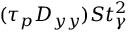
( \tau _ { p } D _ { y y } ) S t _ { \gamma } ^ { 2 }